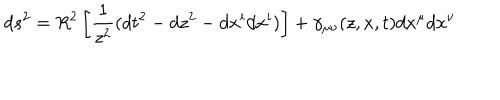
d s ^ { 2 } = R ^ { 2 } \left[ { \frac { 1 } { z ^ { 2 } } } ( d t ^ { 2 } - d z ^ { 2 } - d x ^ { i } d x ^ { i } ) \right] + \gamma _ { \mu \nu } ( z , x , t ) d x ^ { \mu } d x ^ { \nu }